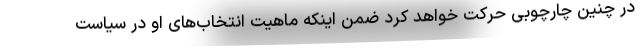
در چنین چارچوبی حرکت خواهد کرد ضمن اینکه ماهیتِ انتخاب‌های او در سیاست